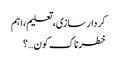
کردار سازی، تعلیم،اہم
خطرناک کون…؟